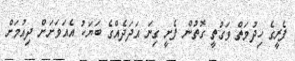
ފެރީގެ ހިދުމަތް ވަގުތީ ގޮތުން ފެށީ ގިނަ އަދަދެއްގެ ބަޔަކު އެއަވަށަށް ދިއުމަށް